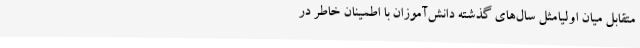
متقابل میان اولیامثل سال‌های گذشته دانش‌آموزان با اطمینان خاطر در